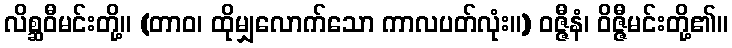
လိစ္ဆဝီမင်းတို့။ (တာဝ၊ ထိုမျှလောက်သော ကာလပတ်လုံး။) ဝဇ္ဇီနံ၊ ဝိဇ္ဇီမင်းတို့၏။